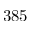
3 8 5